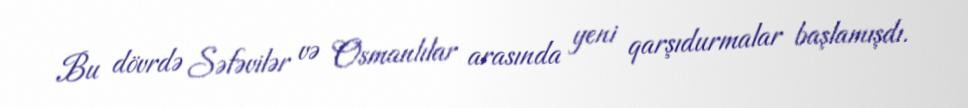
Bu dövrdə Səfəvilər və Osmanlılar arasında yeni qarşıdurmalar başlamışdı.